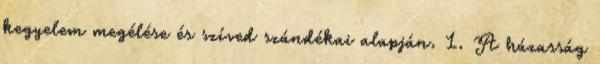
kegyelem megélése és szíved szándékai alapján. 1. A házasság